Annual report of the Bengal Veterinary College and of the Civil Veterinary Department, Bengal, for the year 1919-20 - 1919-1920
Year: 1919
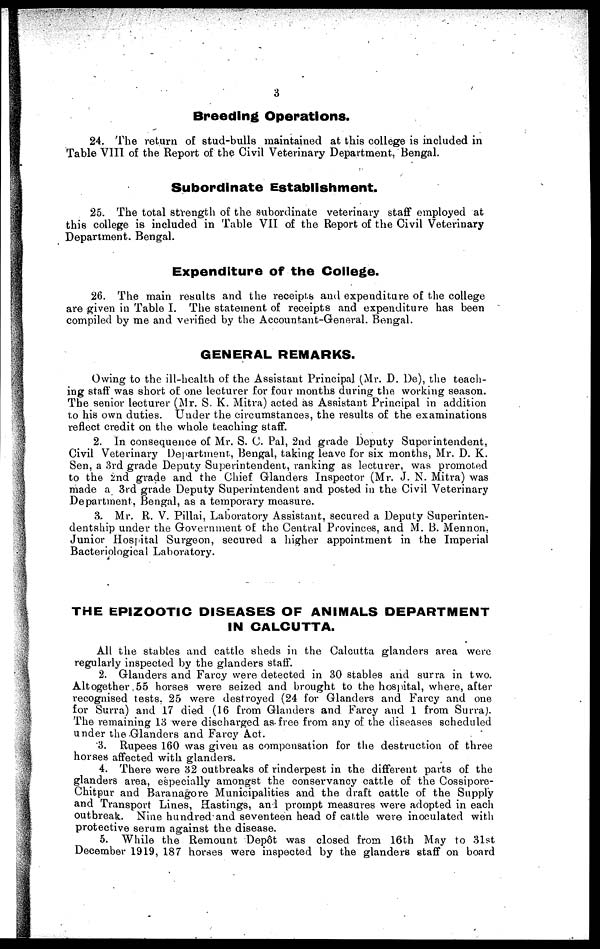
3
Breeding Operations.
24. The return of stud-bulls maintained at this college is included in
Table VIII of the Report of the Civil Veterinary Department, Bengal.
Subordinate Establishment.
25. The total strength of the subordinate veterinary staff employed at
this college is included in Table VII of the Report of the Civil Veterinary
Department. Bengal.
Expenditure of the College.
26. The main results and the receipts and expenditure of the college
are given in Table I. The statement of receipts and expenditure has been
compiled by me and verified by the Accountant-General. Bengal.
GENERAL REMARKS.
Owing to the ill-health of the Assistant Principal (Mr. D. De), the teach-
ing staff was short of one lecturer for four months during the working season.
The senior lecturer (Mr. S. K. Mitra) acted as Assistant Principal in addition
to his own duties. Under the circumstances, the results of the examinations
reflect credit on the whole teaching staff.
2. In consequence of Mr. S. C. Pal, 2nd grade Deputy Superintendent,
Civil Veterinary Department, Bengal, taking leave for six months, Mr. D. K.
Sen, a 3rd grade Deputy Superintendent, ranking as lecturer, was promoted
to the 2nd grade and the Chief Glanders Inspector (Mr. J. N. Mitra) was
made a 3rd grade Deputy Superintendent and posted in the Civil Veterinary
Department, Bengal, as a temporary measure.
3. Mr. R. V. Pillai, Laboratory Assistant, secured a Deputy Superinten-
dentship under the Government of the Central Provinces, and M. B. Mennon,
Junior Hospital Surgeon, secured a higher appointment in the Imperial
Bacteriological Laboratory.
THE EPIZOOTIC DISEASES OF ANIMALS DEPARTMENT
IN CALCUTTA.
All the stables and cattle sheds in the Calcutta glanders area were
regularly inspected by the glanders staff.
2. Glanders and Farcy were detected in 30 stables and surra in two.
Altogether 55 horses were seized and brought to the hospital, where, after
recognised tests, 25 were destroyed (24 for Glanders and Farcy and one
for Surra) and 17 died (16 from Glanders and Farcy and 1 from Surra).
The remaining 13 were discharged as free from any of the diseases scheduled
under the Glanders and Farcy Act.
3. Rupees 160 was given as compensation for the destruction of three
horses affected with glanders.
4. There were 32 outbreaks of rinderpest in the different parts of the
glanders area, especially amongst the conservancy cattle of the Cossipore-
Chitpur and Baranagore Municipalities and the draft cattle of the Supply
and Transport Lines, Hastings, and prompt measures were adopted in each
outbreak. Nine hundred and seventeen head of cattle were inoculated with
protective serum against the disease.
5. While the Remount Depot was closed from 16th May to 31st
December 1919, 187 horses were inspected by the glanders staff on board